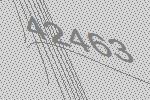
42463